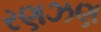
રણઝણ